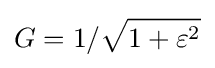
G=1/{\sqrt {1+\varepsilon ^{2}}}